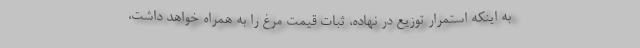
به اینکه استمرار توزیع در نهاده، ثبات قیمت مرغ را به همراه خواهد داشت،